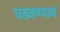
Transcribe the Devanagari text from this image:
घडवण्याचं